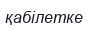
қабілетке